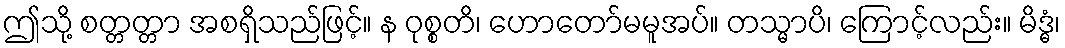
ဤသို့ စတ္တတ္တာ အစရှိသည်ဖြင့်။ န ဝုစ္စတိ၊ ဟောတော်မမူအပ်။ တသ္မာပိ၊ ကြောင့်လည်း။ မိဒ္ဓံ၊